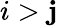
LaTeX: i>\mathbf{j}